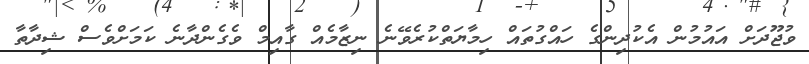
ވުޖޫދަށް އައުމުން އެކުދިންގެ ހައްގުތައް ހިމާޔަތްކުރެވޭނެ ނިޒާމެއް ގާއިމް ވެގެންދާނެ ކަމަށްވެސް ޝިދާތާ